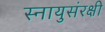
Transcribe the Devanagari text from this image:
स्नायुसंरक्षी